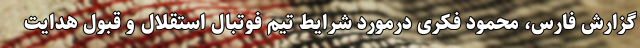
گزارش فارس، محمود فکری درمورد شرایط تیم فوتبال استقلال و قبول هدایت